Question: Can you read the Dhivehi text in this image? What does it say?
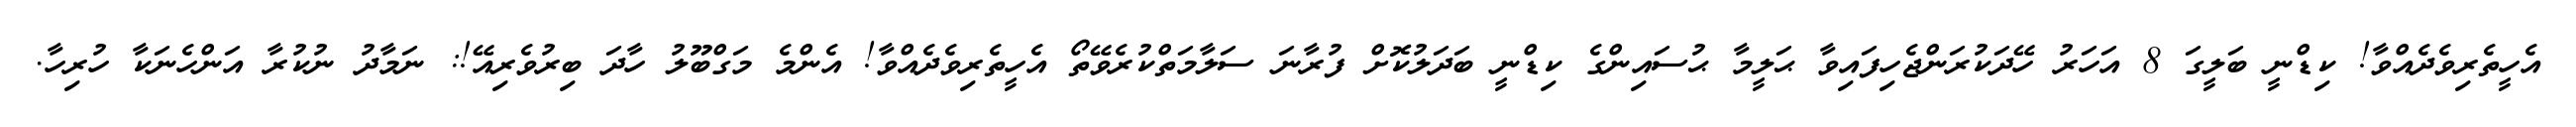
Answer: އެހީތެރިވެދެއްވާ! ކިޑްނީ ބަލީގަ 8 އަހަރު ހޭދަކުރަންޖެހިފައިވާ ޙަލީމާ ޙުސައިންގެ ކިޑްނީ ބަދަލުކޮށް ފުރާނަ ސަލާމަތްކުރެވޭތޯ އެހީތެރިވެދެއްވާ! އެންމެ މަގްބޫލު ހާދަ ބިރުވެރިއޭ!: ނަމާދު ނުކުރާ އަންހެނަކާ ހުރިހާ.